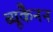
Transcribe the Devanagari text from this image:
ब्यूकैनन